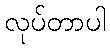
လုပ်တာပါ